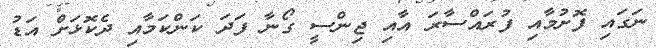
ނަގައި ފޮށުމާއި ފުރައްސާރަ އާއި ޖިންސީ ގޯނާ ފަދަ ކަންކަމާއި ދެކޮޅަށް އަޑު